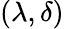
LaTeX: (\lambda,\delta)